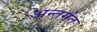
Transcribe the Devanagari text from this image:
अन्तर्गत